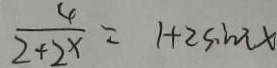
\frac { 4 } { 2 + 2 ^ { x } } = 1 + 2 \sin x